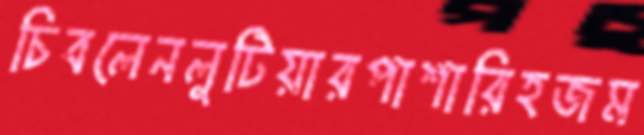
চিবলেনলুটিয়ারপাশারিহজম